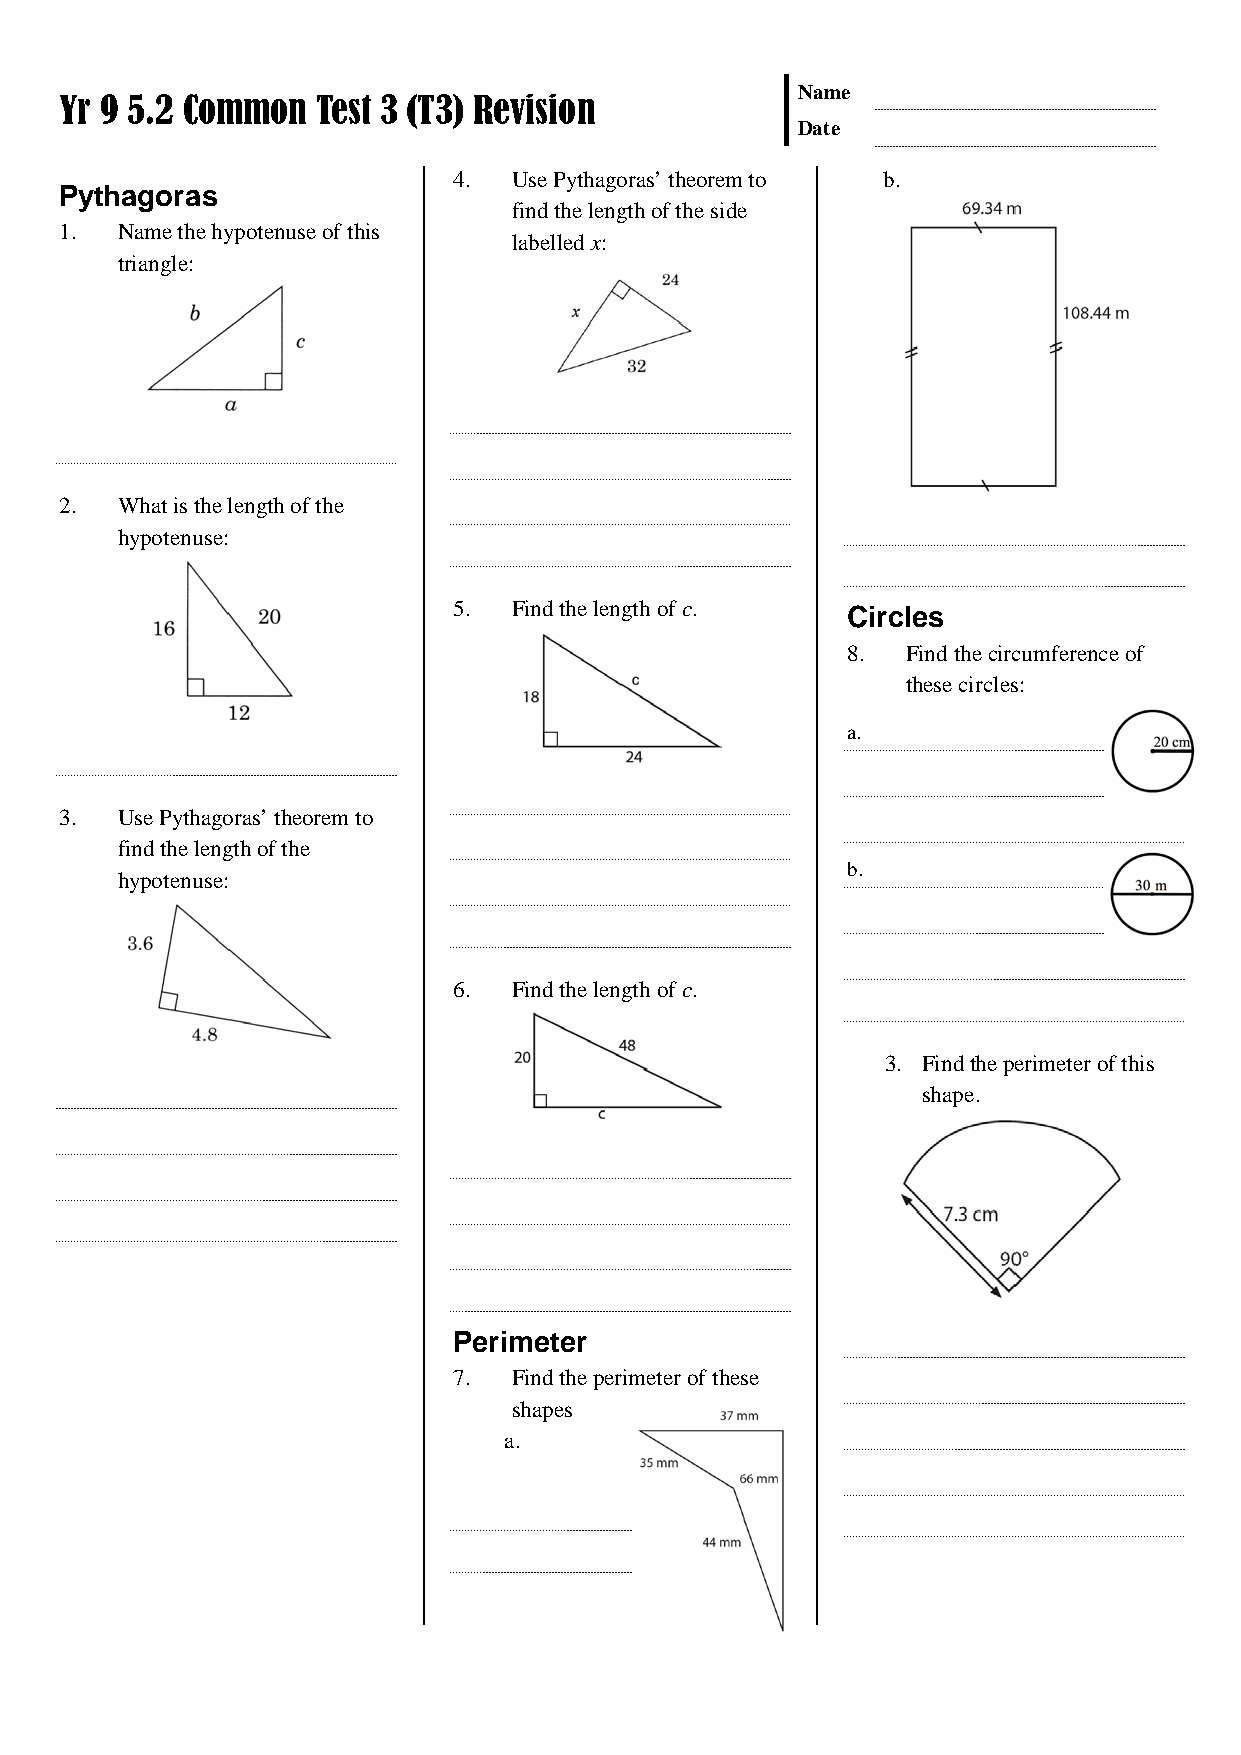
Name
 Yr 9 5.2 Common  Test 3 (T3) Revision
 Date
 4.  Use Pythagoras’ theorem to b.
 Pythagoras
 find the length of the side
 1.  Name the hypotenuse of this
 labelled x:
 triangle:
 2.  What is the length of the
 hypotenuse:
 5.  Find the length of c.
 Circles
 8.  Find the circumference of
 these circles:
 a.
 3.  Use Pythagoras’ theorem to
 find the length of the
 b.
 hypotenuse:
 6.  Find the length of c.
 3. Find the perimeter of this
 shape.
 Perimeter
 7.  Find the perimeter of these
 shapes
 a.